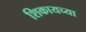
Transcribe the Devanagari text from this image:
शिकायच्या